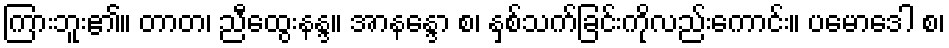
ကြားဘူး၏။ တာတ၊ ညီထွေးနန္ဒ။ အာနန္ဒော စ၊ နှစ်သက်ခြင်းကိုလည်းကောင်း။ ပမောဒေါ စ၊